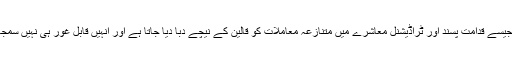
ہمارے جیسے قدامت پسند اور ٹراڈیشنل معاشرے میں متنازعہ معاملات کو قالین کے نیچے دبا دیا جاتا ہے اور انہیں قابل غور ہی نہیں سمجھا جاتا ۔